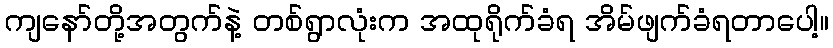
ကျနော်တို့အတွက်နဲ့ တစ်ရွာလုံးက အထုရိုက်ခံရ အိမ်ဖျက်ခံရတာပေါ့။